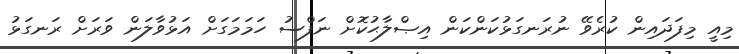
މިއީ މިފަދައިން ކުރެވޭ ނުރަނގަޅުކަންކަން އިޞްލާޙުކޮށް ނަފްސު ހަމަމަގަށް އަޅުވާލަން ވަރަށް ރަނގަޅު